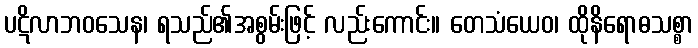
ပဋိလာဘဝသေန၊ ရသည်၏အစွမ်းဖြင့် လည်းကောင်း။ တေသံယေဝ၊ ထိုနိရောဓသစ္စာ